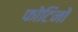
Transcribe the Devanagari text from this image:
फोटिनो